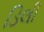
ડિલી